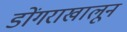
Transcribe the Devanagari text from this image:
डोंगराखालून